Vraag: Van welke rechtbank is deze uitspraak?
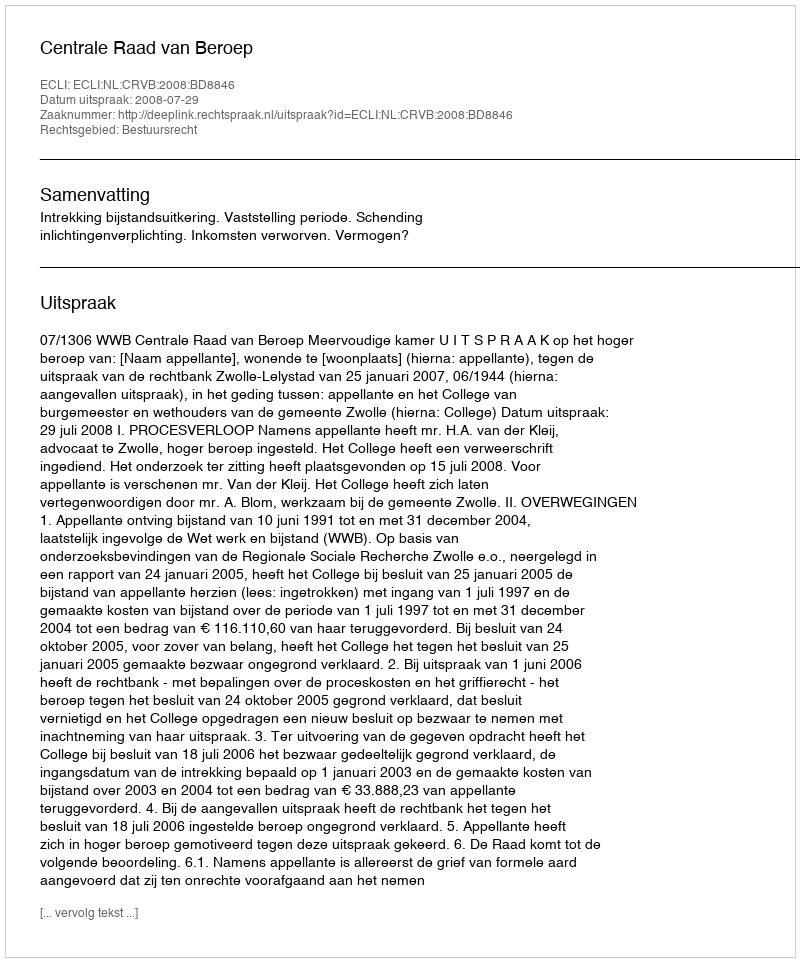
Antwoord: Centrale Raad van Beroep